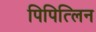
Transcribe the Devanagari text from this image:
पिपित्लिन